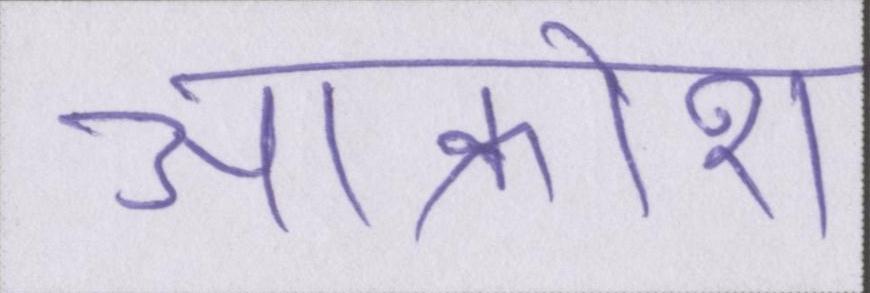
आक्रोश